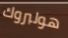
هولبروك